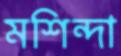
মশিন্দা